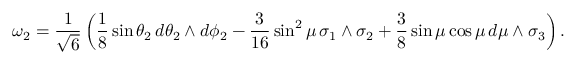
\omega _ { 2 } = \frac { 1 } { \sqrt { 6 } } \left( \frac { 1 } { 8 } \sin { \theta _ { 2 } } \, d \theta _ { 2 } \wedge d \phi _ { 2 } - \frac { 3 } { 1 6 } \sin ^ { 2 } { \mu } \, \sigma _ { 1 } \wedge \sigma _ { 2 } + \frac { 3 } { 8 } \sin { \mu } \cos \mu \, d \mu \wedge \sigma _ { 3 } \right) .